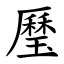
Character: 㻺